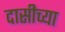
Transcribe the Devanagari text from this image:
दासीच्या